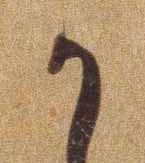
か